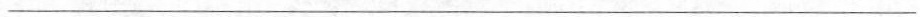
___